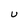
Character: U